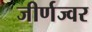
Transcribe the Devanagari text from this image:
जीर्णज्वर